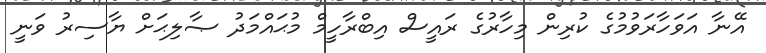
އޭނާ އަވަހާރަވުމުގެ ކުރިން މިހާރުގެ ރައީސް އިބްރާހީމް މުޙައްމަދު ޞާލިޙަށް ޔާސިރު ވަނީ